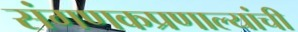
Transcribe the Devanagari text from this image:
संगणकप्रणाल्यांची